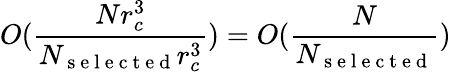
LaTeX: O(\frac{Nr_{c}^{3}}{N_{\mathrm{~s~e~l~e~c~t~e~d~}}r_{c}^{3}})=O(\frac{N}{N_{\mathrm{~s~e~l~e~c~t~e~d~}}})